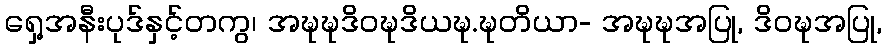
ရှေ့အနီးပုဒ်နှင့်တကွ၊ အဍ္ဎဍ္ဎဒိဝဍ္ဎဒိယဍ္ဎ.ဍ္ဎတိယာ- အဍ္ဎဍ္ဎအပြု, ဒိဝဍ္ဎအပြု,